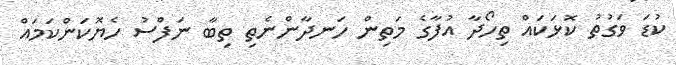
ކުޑަ ވަގުތު ކޮޅަަކައް ތިހޯދާ އުފާގެ މަތިން ހަނދާންނެތި ތިބާ ނަފްސު ހެޔޮކަންކަމައް